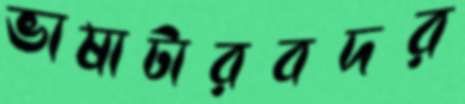
ভাষাটারবদর